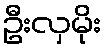
ဦးလှမိုး